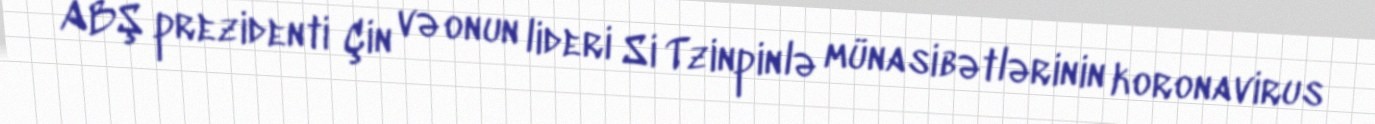
ABŞ prezidenti Çin və onun lideri Si Tzinpinlə münasibətlərinin koronavirus